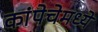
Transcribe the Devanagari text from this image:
कांपेचेमध्ये